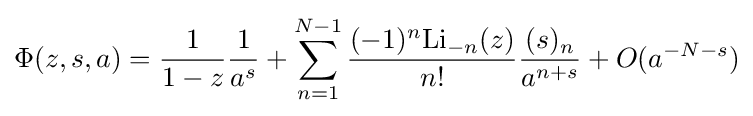
\Phi (z,s,a)={\frac {1}{1-z}}{\frac {1}{a^{s}}}+\sum _{n=1}^{N-1}{\frac {(-1)^{n}\mathrm {Li} _{-n}(z)}{n!}}{\frac {(s)_{n}}{a^{n+s}}}+O(a^{-N-s})